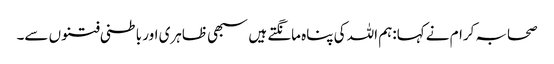
صحابہ کرام نے کہا:ہم اللہ کی پناہ مانگتے ہیں سبھی ظاہری اور باطنی فتنوں سے۔